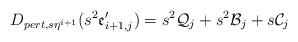
LaTeX: \begin{align*}D_{pert, s\eta^{i+1}}(s^2\mathfrak{e}'_{i+1,j})=s^2\mathcal{Q}_j+s^2\mathcal{B}_j+s\mathcal{C}_j\end{align*}